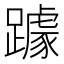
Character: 躆